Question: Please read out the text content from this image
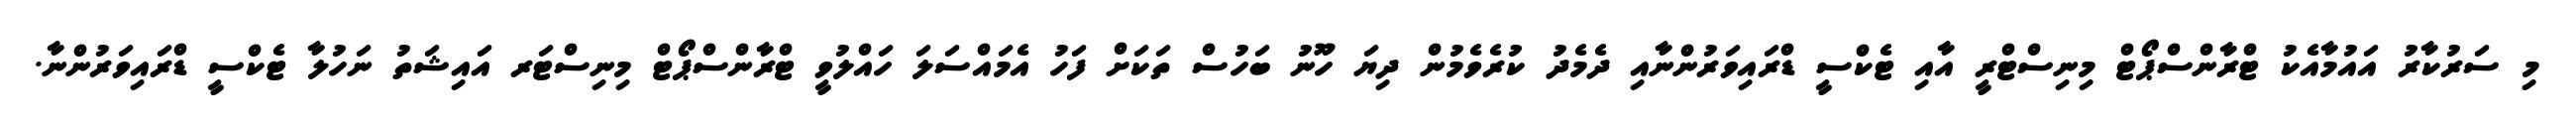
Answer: މި ސަރުކާރު އައުމާއެކު ޓްރާންސްޕޯޓް މިނިސްޓްރީ އާއި ޓެކްސީ ޑްރައިވަރުންނާއި ދެމެދު ކުރެވެމުން ދިޔަ ހޫނު ބަހުސް ތަކަށް ފަހު އެމައްސަލަ ހައްލުވީ ޓްރާންސްޕޯޓް މިނިސްޓަރ އައިޝަތު ނަހުލާ ޓެކްސީ ޑްރައިވަރުންނާ.